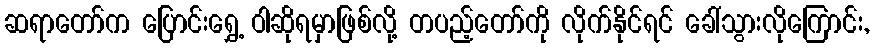
ဆရာတော်က ပြောင်းရွှေ့ ဝါဆိုရမှာဖြစ်လို့ တပည့်တော်ကို လိုက်နိုင်ရင် ခေါ်သွားလိုကြောင်း,